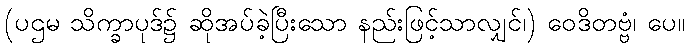
(ပဌမ သိက္ခာပုဒ်၌ ဆိုအပ်ခဲ့ပြီးသော နည်းဖြင့်သာလျှင်၊) ဝေဒိတဗ္ဗံ၊ ပေ။